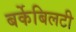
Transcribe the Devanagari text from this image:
बर्केबिलटी